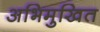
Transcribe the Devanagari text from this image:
अभिमुखित